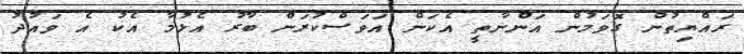
ރައްޔިތުން ގޮވަމުން އަންނާތީ އެކަން އަވަސްކުރަން ބާރު އެޅުމާ އެކު އެ ވައުދު